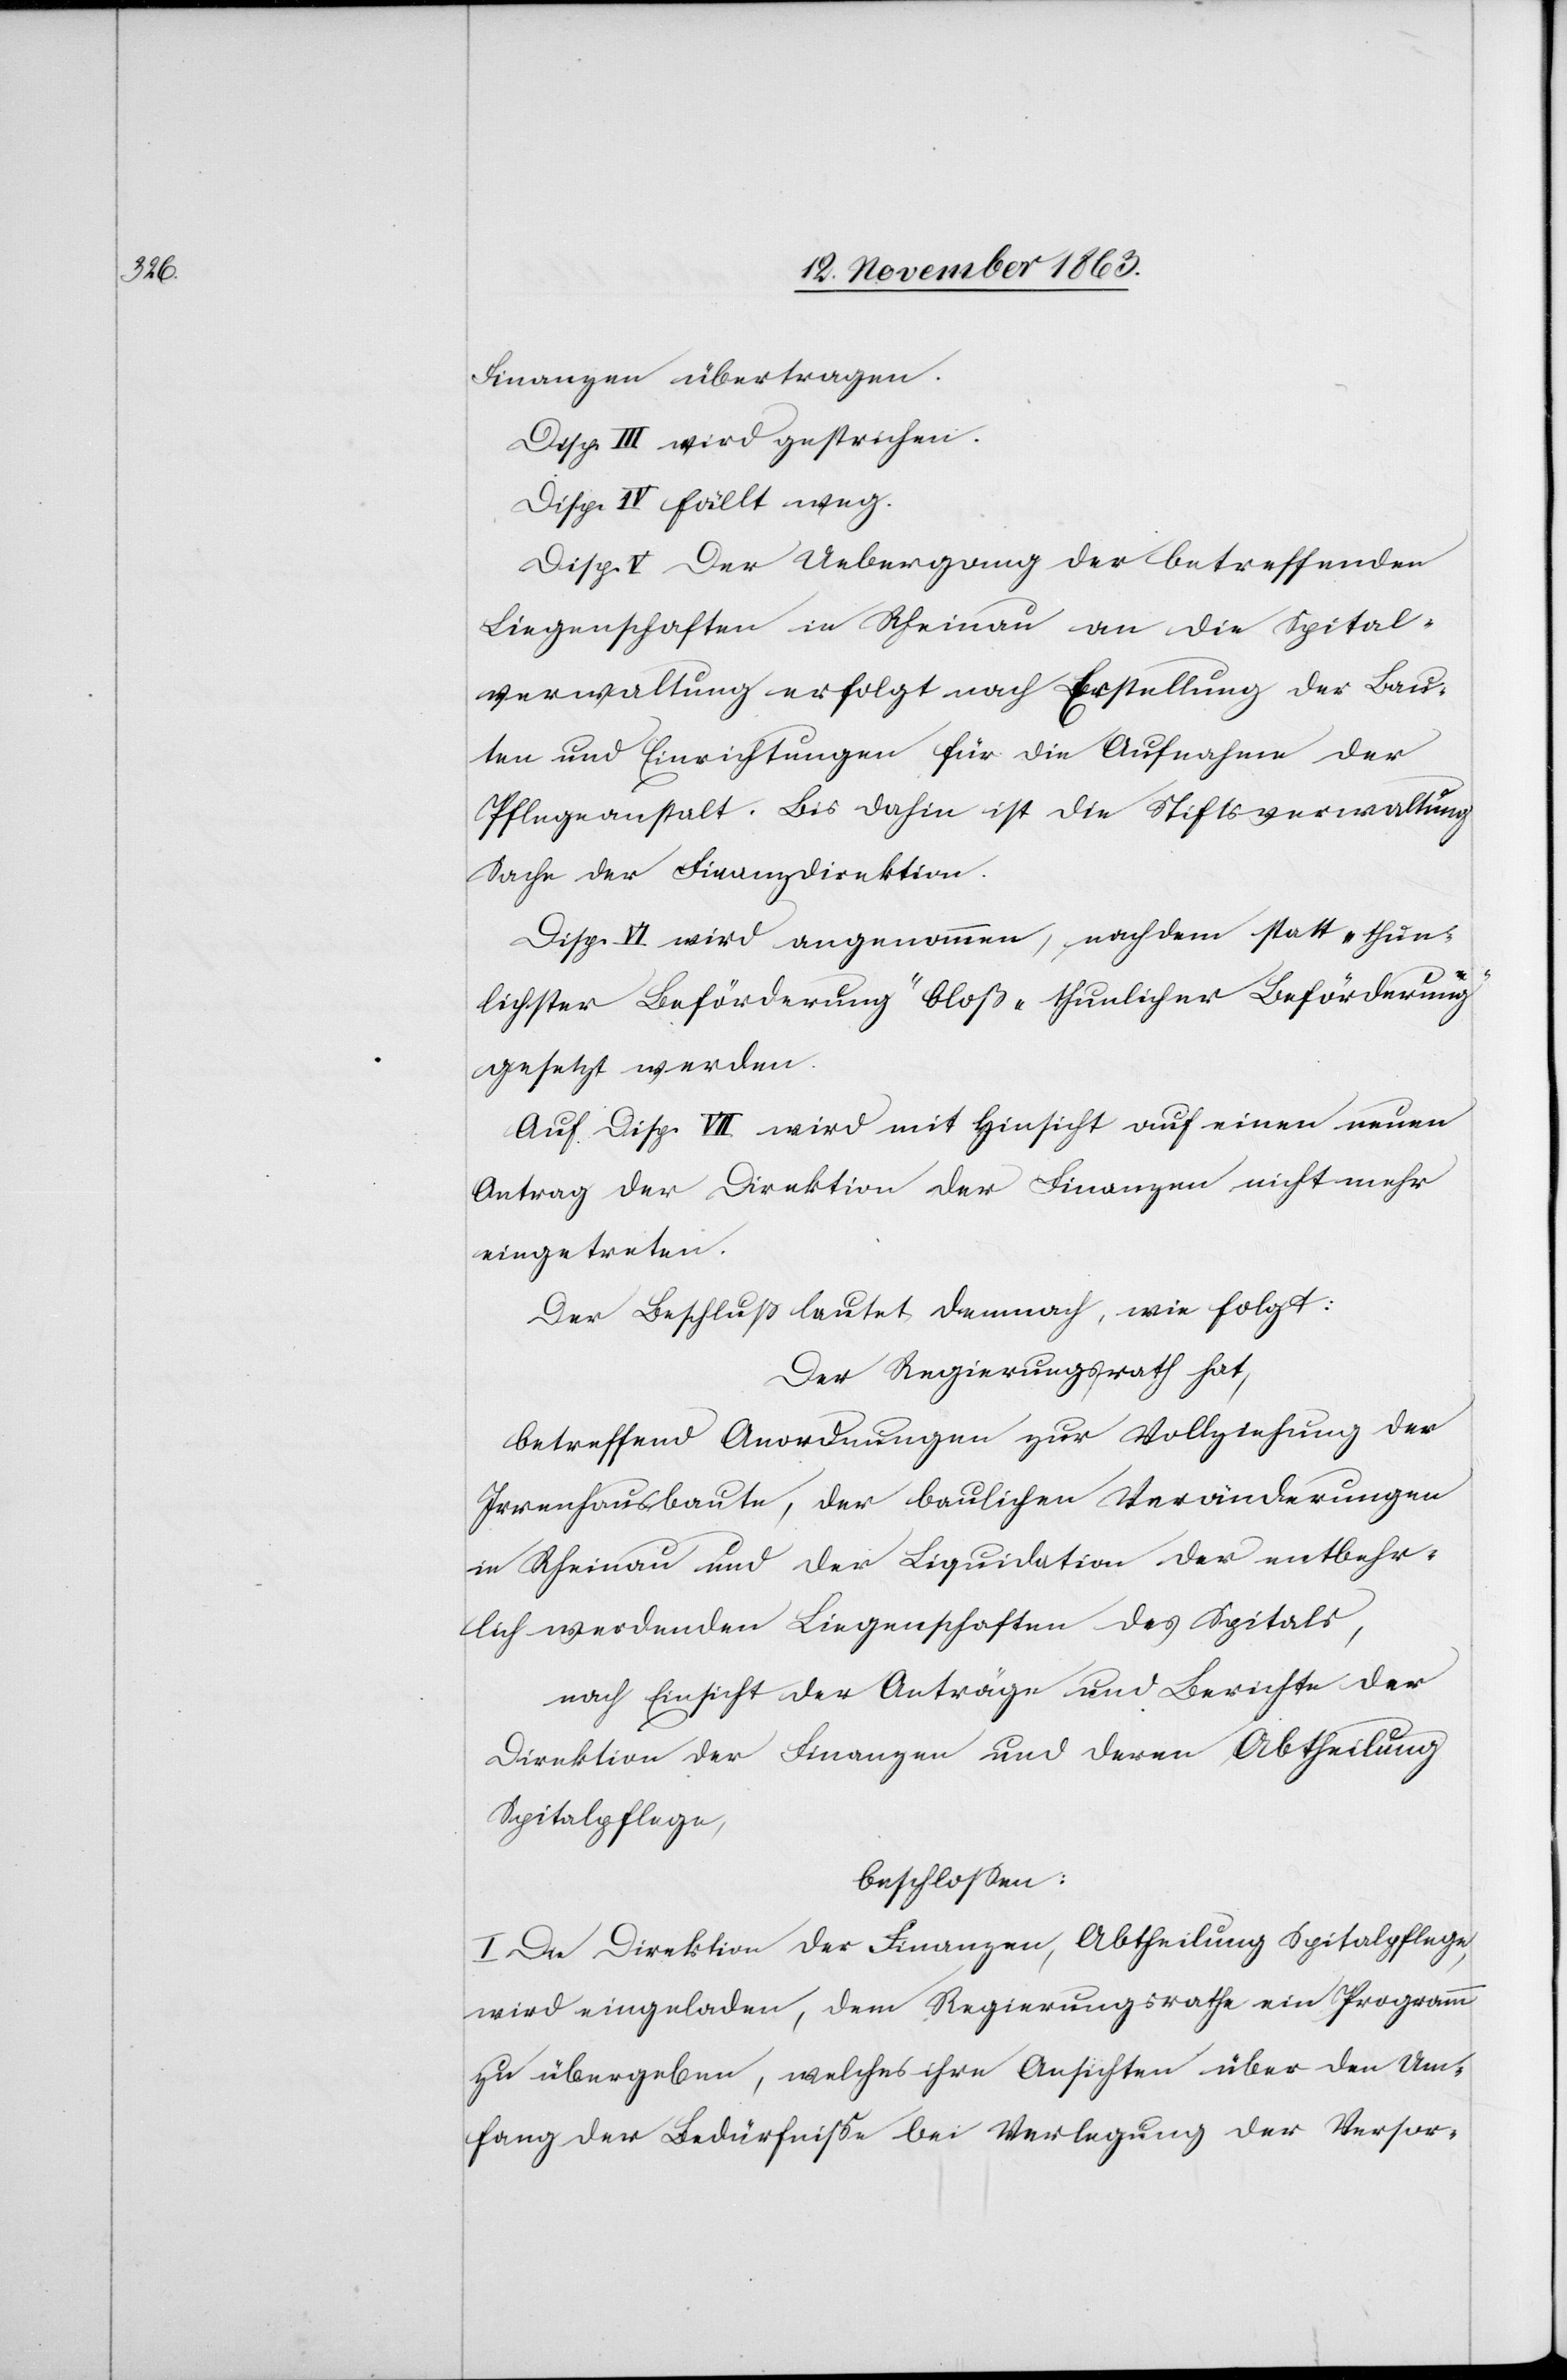
Finanzen übertragen.
Disp. III wird gestrichen.
Disp. IV fällt weg.
Disp. V Der Uebergang der betreffenden
Liegenschaften in Rheinau an die Spital¬
verwaltung erfolgt nach Erstellung der Bau¬
ten und Einrichtungen für die Aufnahme der
Pflegeanstalt. Bis dahin ist die Stiftsverwaltung
Sache der Finanzdirektion.
Disp. VI wird angenommen, nachdem statt „thun¬
lichster Beförderung“ bloß „thunlicher Beförderung“
gesetzt werden.
Auf Disp. VII wird mit Hinsicht auf einen neuen
Antrag der Direktion der Finanzen nicht mehr
eingetreten.
Der Beschluß lautet demnach, wie folgt:
Der Regierungsrath hat,
betreffend Anordnungen zur Vollziehung der
Irrenhausbaute, der baulichen Veränderungen
in Rheinau und der Liquidation der entbehr¬
lich werdenden Liegenschaften des Spitals,
nach Einsicht der Anträge und Berichte der
Direktion der Finanzen und deren Abtheilung
Spitalpflege,
beschlossen:
I. Die Direktion der Finanzen, Abtheilung Spitalpflege,
wird eingeladen, dem Regierungsrathe ein Programm
zu übergeben, welches ihre Ansichten über den Um¬
fang der Bedürfnisse bei Verlegung der Versor-